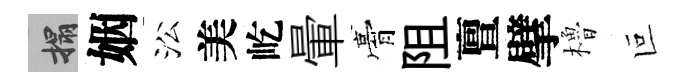
搨姻㳂美屹暈膏阻亶擘櫓叵